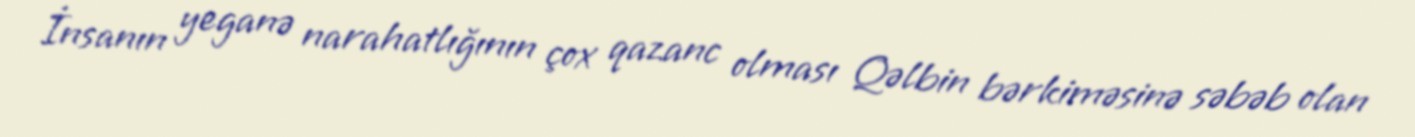
İnsanın yeganə narahatlığının çox qazanc olması Qəlbin bərkiməsinə səbəb olan